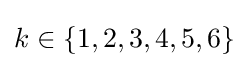
k\in \{1,2,3,4,5,6\}